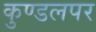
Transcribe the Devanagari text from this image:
कुण्डलपर